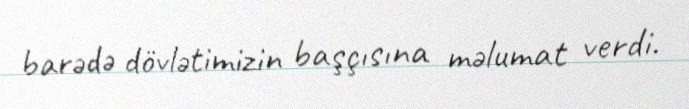
barədə dövlətimizin başçısına məlumat verdi.